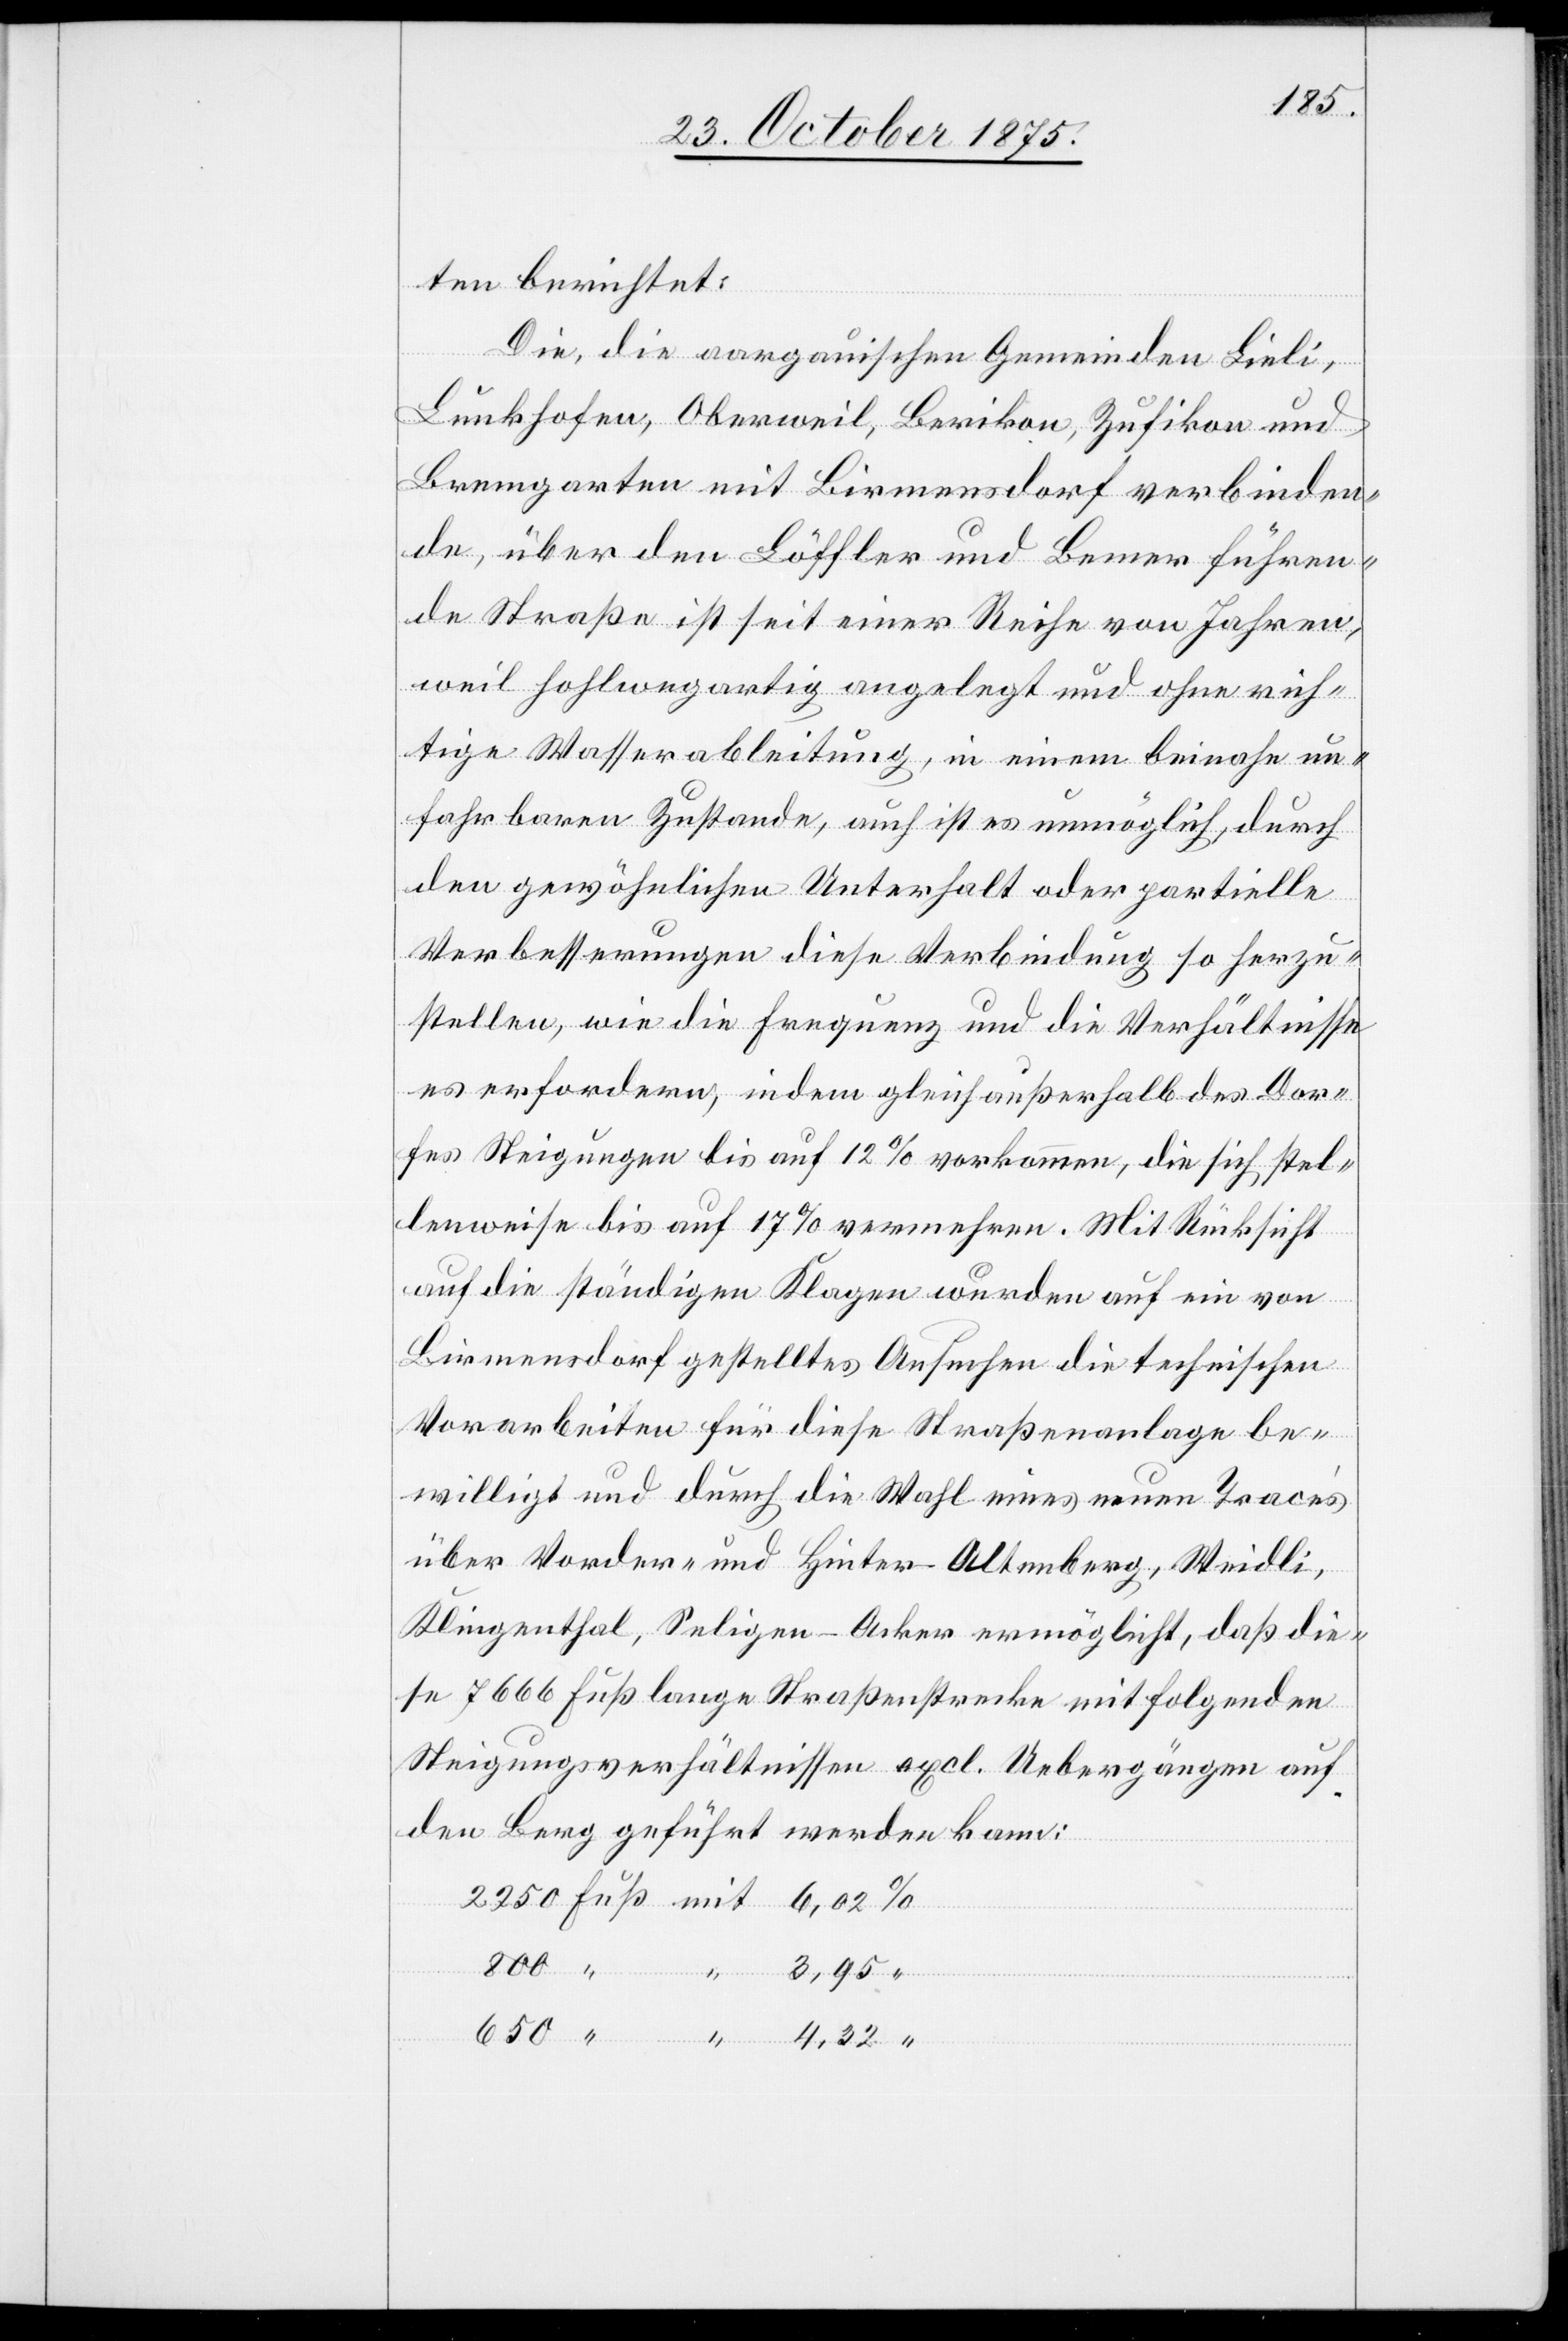
ten berichtet:
Die, die aargauischen Gemeinden Lieli,
Lunkhofen, Oberweil, Berikon, Zufikon und
Bremgarten mit Birmensdorf verbinden¬
de, über den Löffler und Bemer führen¬
de Straße ist seit einer Reihe von Jahren,
weil hohlwegartig angelegt und ohne rich¬
tige Wasserableitung, in einem beinahe un¬
fahrbaren Zustande, auch ist es unmöglich, durch
den gewöhnlichen Unterhalt oder partielle
Verbesserungen diese Verbindung so herzu¬
stellen, wie die Frequenz und die Verhältnisse
es erfordern, indem gleich außerhalb des Dor¬
fes Steigungen bis auf 12% vorkommen, die sich stel¬
lenweise bis auf 17% vermehren. Mit Rücksicht
auf die ständigen Klagen wurden auf ein von
Birmensdorf gestelltes Ansuchen die technischen
Vorarbeiten für diese Straßenanlage be¬
willigt und durch die Wahl eines neuen Tracés
über Vorder- und Hinter-Altenberg, Weidli,
Klingenthal, Seligen-Acker ermöglicht, daß die¬
se 7666 Fuß lange Straßenstrecke mit folgenden
Steigungsverhältnissen excl. Uebergängen auf
den Berg geführt werden kann:
800
3,95